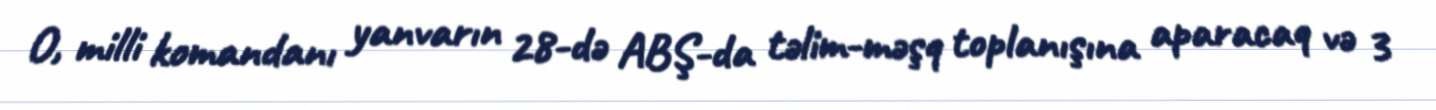
O, milli komandanı yanvarın 28-də ABŞ-da təlim-məşq toplanışına aparacaq və 3